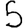
Digit: 5